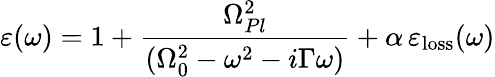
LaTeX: \varepsilon(\omega)=1+\frac{\Omega_{Pl}^{2}}{(\Omega_{0}^{2}-\omega^{2}-i\Gamma\omega)}+\alpha\, \varepsilon_{\mathrm{loss}}(\omega)